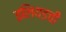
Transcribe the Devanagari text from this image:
इलियडची